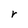
Character: r